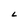
Character: L